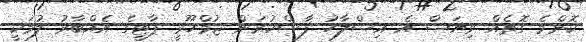
ކޮންމެ ގޮތެއް ވިޔަސް އެ އިސްލާހު ފާސްކުރަން ޖުމްހޫރީ ޕާޓީގެ އެއްބާރު ލުމަކީ